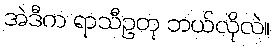
အဲဒီက ရာသီဥတု ဘယ်လိုလဲ။